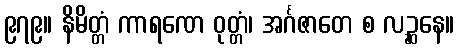
၉၇၉။ နိမိတ္တံ ကာရဏေ ဝုတ္တံ၊ အင်္ဂဇာတေ စ လဉ္ဆနေ။